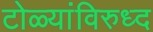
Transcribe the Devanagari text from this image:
टोळ्यांविरुध्द